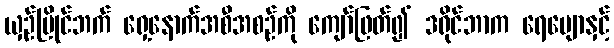
ယှဉ်ပြိုင်ဘက် ရှေ့နောက်အစီအစဉ်ကို ကျော်ဖြတ်၍ ဒရိုင်ဘာက ရေမျောနှင့်